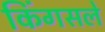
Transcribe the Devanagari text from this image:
किंगसले